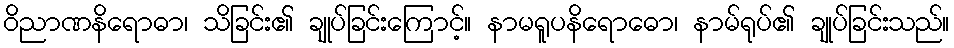
ဝိညာဏနိရောဓာ၊ သိခြင်း၏ ချုပ်ခြင်းကြောင့်။ နာမရူပနိရောဓော၊ နာမ်ရုပ်၏ ချုပ်ခြင်းသည်။